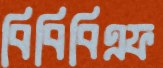
বিবিবিএফ